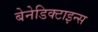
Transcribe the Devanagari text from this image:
बेनेडिक्टाइन्स